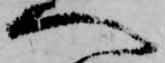
へ